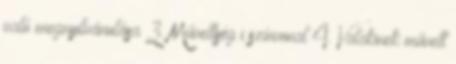
való megnyilvánulása 3. Műveltség i színvonal 4. Valakinek művelt